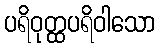
ပရိဝုတ္ထပရိဝါသော